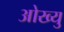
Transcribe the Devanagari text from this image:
ओख्यु